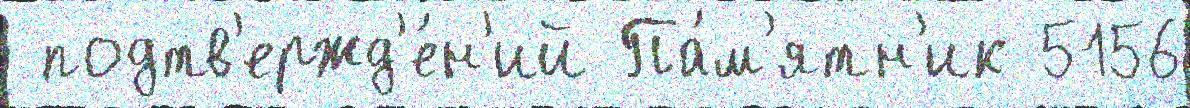
 подтв'ержд'е́н'ий Па́м'ятн'ик 5156